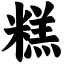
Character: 糕